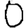
Digit: 0